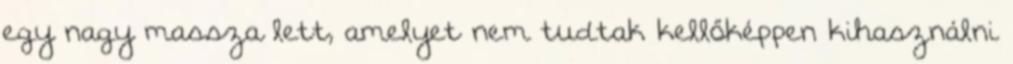
egy nagy massza lett, amelyet nem tudtak kellőképpen kihasználni